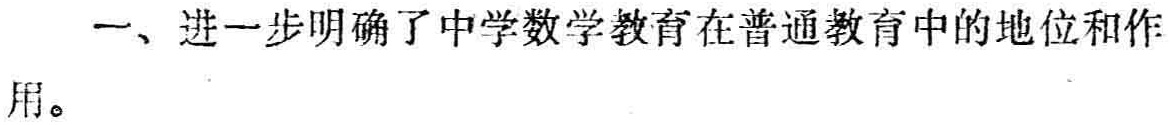
一、进一步明确了中学数学教育在普通教育中的地位和作用。